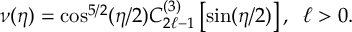
\nu ( \eta ) = \cos ^ { 5 / 2 } ( \eta / 2 ) C _ { 2 \ell - 1 } ^ { ( 3 ) } \left[ \sin ( \eta / 2 ) \right] , \; \; \ell > 0 .